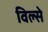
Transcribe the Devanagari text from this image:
विल्से